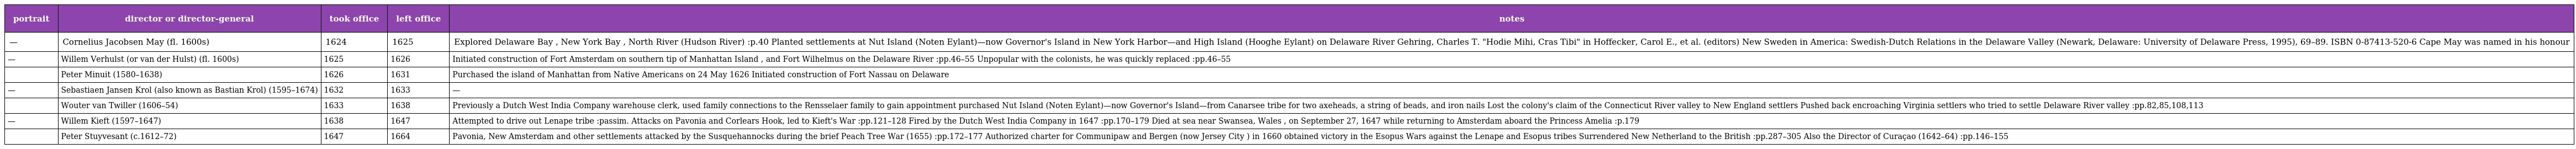
| portrait | director or director-general | took office | left office | notes |
 | --- | --- | --- | --- | --- |
 | — | Cornelius Jacobsen May (fl. 1600s) | 1624 | 1625 | Explored Delaware Bay , New York Bay , North River (Hudson River) :p.40 Planted settlements at Nut Island (Noten Eylant)—now Governor's Island in New York Harbor—and High Island (Hooghe Eylant) on Delaware River Gehring, Charles T. "Hodie Mihi, Cras Tibi" in Hoffecker, Carol E., et al. (editors) New Sweden in America: Swedish-Dutch Relations in the Delaware Valley (Newark, Delaware: University of Delaware Press, 1995), 69–89. ISBN 0-87413-520-6 Cape May was named in his honour |
 | — | Willem Verhulst (or van der Hulst) (fl. 1600s) | 1625 | 1626 | Initiated construction of Fort Amsterdam on southern tip of Manhattan Island , and Fort Wilhelmus on the Delaware River :pp.46–55 Unpopular with the colonists, he was quickly replaced :pp.46–55 |
 |  | Peter Minuit (1580–1638) | 1626 | 1631 | Purchased the island of Manhattan from Native Americans on 24 May 1626 Initiated construction of Fort Nassau on Delaware |
 | — | Sebastiaen Jansen Krol (also known as Bastian Krol) (1595–1674) | 1632 | 1633 | — |
 |  | Wouter van Twiller (1606–54) | 1633 | 1638 | Previously a Dutch West India Company warehouse clerk, used family connections to the Rensselaer family to gain appointment purchased Nut Island (Noten Eylant)—now Governor's Island—from Canarsee tribe for two axeheads, a string of beads, and iron nails Lost the colony's claim of the Connecticut River valley to New England settlers Pushed back encroaching Virginia settlers who tried to settle Delaware River valley :pp.82,85,108,113 |
 | — | Willem Kieft (1597–1647) | 1638 | 1647 | Attempted to drive out Lenape tribe :passim. Attacks on Pavonia and Corlears Hook, led to Kieft's War :pp.121–128 Fired by the Dutch West India Company in 1647 :pp.170–179 Died at sea near Swansea, Wales , on September 27, 1647 while returning to Amsterdam aboard the Princess Amelia :p.179 |
 |  | Peter Stuyvesant (c.1612–72) | 1647 | 1664 | Pavonia, New Amsterdam and other settlements attacked by the Susquehannocks during the brief Peach Tree War (1655) :pp.172–177 Authorized charter for Communipaw and Bergen (now Jersey City ) in 1660 obtained victory in the Esopus Wars against the Lenape and Esopus tribes Surrendered New Netherland to the British :pp.287–305 Also the Director of Curaçao (1642–64) :pp.146–155 |